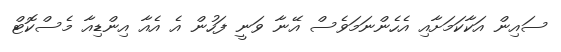
ސައިން އަކާކަމަށާއި އެހެންނަމަވެސް އޭނާ ވަނީ ފަހުން އެ އެއާ އިންޑިއާ މެސްކޮޓް